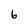
Character: 6